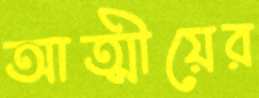
আত্মীয়ের